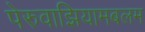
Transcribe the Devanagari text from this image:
पेरुवाझियामबलम